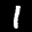
Label: 1